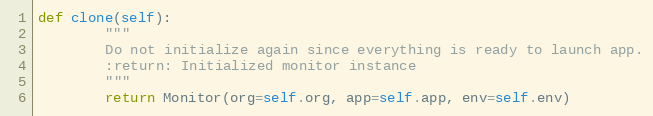
Language: Python
def clone(self):
        """
        Do not initialize again since everything is ready to launch app.
        :return: Initialized monitor instance
        """
        return Monitor(org=self.org, app=self.app, env=self.env)